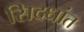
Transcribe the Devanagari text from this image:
सिदधांत